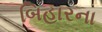
બિહારના